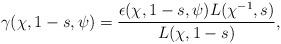
LaTeX: \begin{align*}\gamma(\chi,1-s,\psi) = \frac{\epsilon(\chi,1-s,\psi) L(\chi^{-1},s)}{L(\chi,1-s)},\end{align*}